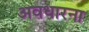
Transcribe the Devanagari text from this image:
अवधारना